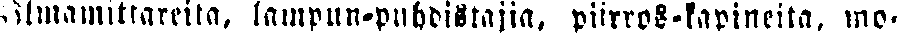
Ilmamittareita, lampun-puhdistajia, piirros-kapineita, mo-